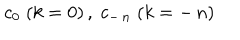
LaTeX: \: c _ { 0 } \; ( k = 0 ) \, , \; c _ { - \, n } \; ( k = - \, n ) \: